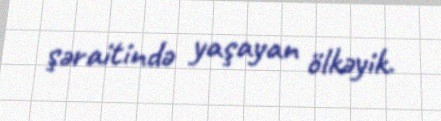
şəraitində yaşayan ölkəyik.